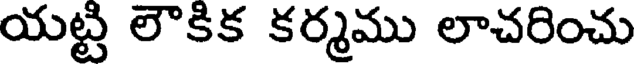
యట్టి లౌకిక కర్మము లాచరించు